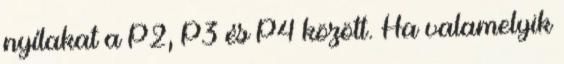
nyílakat a P2, P3 és P4 között. Ha valamelyik